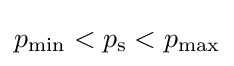
p_{\text{min}}<p_{\text{s}}<p_{\text{max}}